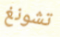
تشونغ